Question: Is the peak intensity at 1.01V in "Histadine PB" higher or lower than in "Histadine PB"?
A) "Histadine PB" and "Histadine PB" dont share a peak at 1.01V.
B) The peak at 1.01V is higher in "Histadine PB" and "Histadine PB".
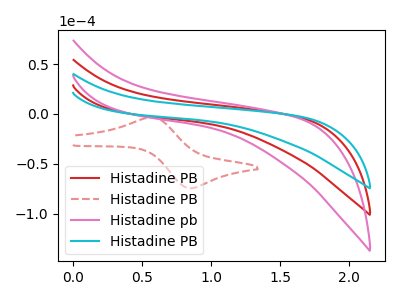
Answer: <think>The red curve "Histadine PB" has no peaks. The red dashed curve "Histadine PB" has an anodic peak at (0.55V, -3.40uA) and a cathodic peak at (0.85V, -74.45uA). The pink curve "Histadine pb" has no peaks. The cyan curve "Histadine PB" has no peaks.</think>
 <answer>A) "Histadine PB" and "Histadine PB" dont share a peak at 1.01V.</answer>
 <eval>A</eval>